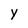
Character: y